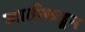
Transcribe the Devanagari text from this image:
जातीकडून